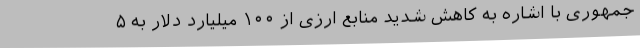
جمهوری با اشاره به کاهش شدید منابع ارزی از ۱۰۰ میلیارد دلار به ۵